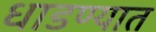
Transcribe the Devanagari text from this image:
धाडण्यात